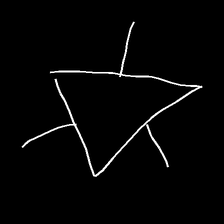
Glyph: fire